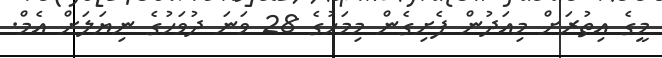
މީގެ އިތުރަށް މިއަދުން ފެށިގެން މިމަހުގެ 28 ވަނަ ދުވަހުގެ ނިޔަލަށް އެމް.